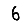
Digit: 6